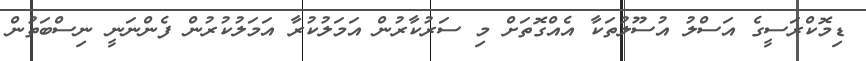
ޑިމޮކްރަސީގެ އަސްލު އުސޫލުތަކާ އެއްގޮތަށް މި ސަރުކާރުން އަމަލުކުރާ އަމަލުކުރުން ފެންނަނީ ނިސްބަތުން